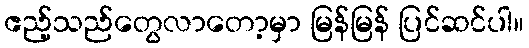
ဧည့်သည်တွေလာတော့မှာ မြန်မြန် ပြင်ဆင်ပါ။